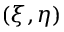
( \xi , \eta )